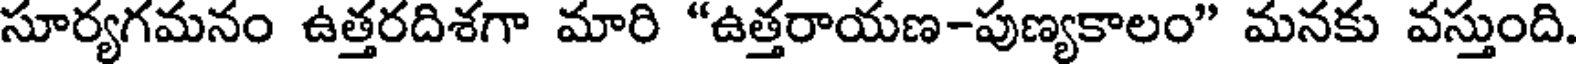
సూర్యగమనం ఉత్తరదిశగా మారి "ఉత్తరాయణ-పుణ్యకాలం" మనకు వస్తుంది.